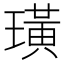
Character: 璜